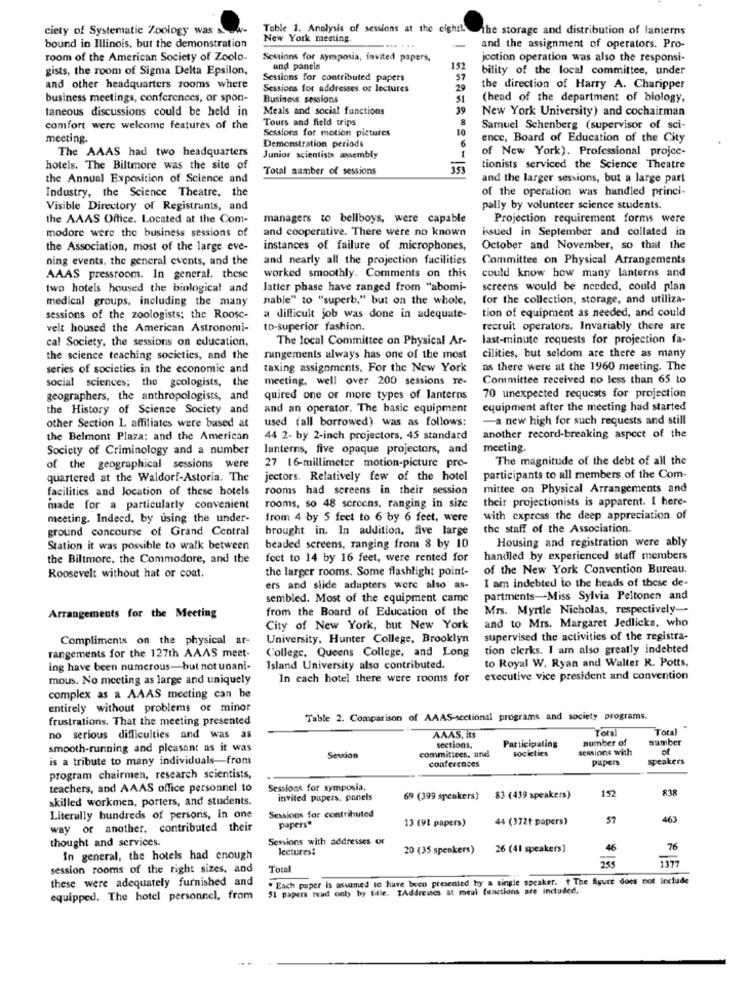
ciety of Systematic Zoology was s.
Table 1. Analysis of sessions at the eighth
the storage and distribution of lanterns
New York meeting.
bound in Illinois, but the demonstration
and the assignment of operators. Pro-
room of the American Society of Zoolo-
Sessions for symposia, invited papers,
jection operation was also the responsi-
gists, the room of Sigma Delta Epsilon,
and panels
152
bility of the local committee, under
Sessions for contributed papers
and other headquarters rooms where
Sessions for addresses of lectures
29
the direction of Harry A. Charipper
business meetings, conferences, or spon-
Business sessions
51
(head of the department of biology,
taneous discussions could be held in
Meals and social functions
39
New York University) and cochairman
Tours and field trips
8
comfort were welcome features of the
Sessions for motion pictures
10
Samuel Schenberg (supervisor of sci-
meeting.
Demonstration periods
6
ence, Board of Education of the City
The AAAS had two headquarters
of New York). Professional projec-
Junior scientists zsembly
hotels. The Biltmore was the site of
Total number of sessions
tionists serviced the Science Theatre
the Annual Exposition of Science and
and the larger sessions, but a large part
Industry, the Science Theatre, the
of the operation was handled princi-
Visible Directory of Registrants, and
pally by volunteer science students.
the AAAS Office. Located at the Com-
managers to bellboys, were capable
Projection requirement forms were
modore were the business sessions of
and cooperative. There were no known
issued in September and collated in
the Association, most of the large eve-
instances of failure of microphones,
October and November, so that the
ning events, the general events, and the
and nearly all the projection facilities
Committee on Physical Arrangements
AAAS pressroom. In general, these
worked smoothly. Comments on this
could know how many lanterns and
two hotels housed the biological and
Jatter phase have ranged from "abomi-
screens would be needed, could plan
medical groups, including the many
nable" to "superb," but on the whole,
for the collection, storage, and utiliza-
tion of equipment as needed, and could
sessions of the zoologists; the Roosc-
a difficult job was done in adequate-
velt housed the American Astronomi-
to-superior fashion.
recruit operators. Invariably there are
cal Society, the sessions on education,
The local Committee on Physical Ar-
last-minute requests for projection fa-
the science teaching socictics, and the
rangements always has one of the most
cilities, but seldom are there as many
series of societies in the economic and
taxing assignments. For the New York
as there were at the 1960 meeting. The
social sciences; the geologists, the
meeting, well over 200 sessions re-
Committee received no less than 65 to
geographers, the anthropologists, and
quired one or more types of lanterns
70 unexpected requests for projection
the History of Science Society and
and an operator. The basic equipment
equipment after the meeting had started
used (all borrowed) was as follows:
-a new high for such requests and still
other Section L affiliates were based at
the Belmont Plaza: and the American
44 2- by 2-inch projectors, 45 standard
another record-breaking aspect of the
Society of Criminology and a number
lanterns, five opaque projectors, and
meeting.
The magnitude of the debt of all the
of the geographical sessions were
27 16-millimeter motion-picture pro-
quartered at the Waldorf-Astoria. The
jectors. Relatively few of the hotel
participants to all members of the Com-
facilities and location of these hotels
rooms had screens in their session
mittee on Physical Arrangements and
their projectionists is apparent. I here-
made for a particularly convenient
rooms, so 48 screens, ranging in size
meeting. Indeed, by using the under-
from 4 by 5 feet to 6 by 6 feet, were
with express the deep appreciation of
ground concourse of Grand Central
brought in. In addition, five large
the staff of the Association.
Station it was possible to walk between
beaded screens, ranging from 8 by 10
Housing and registration were ably
the Biltmore, the Commodore, and the
feet to 14 by 16 feet, were rented for
handled by experienced staff members
the larger rooms. Some flashlight point-
of the New York Convention Bureau.
Roosevelt without hat or coat.
ers and slide adapters were also as-
I am indebted to the heads of these de-
sembled. Most of the equipment came
partments-Miss Sylvia Peltonen and
from the Board of Education of the
Mrs. Myrtle Nicholas, respectively --
Arrangements for the Meeting
City of New York, but New York
and to Mrs. Margaret Jedlicka, who
Compliments on the physical ar-
University. Hunter College, Brooklyn
supervised the activities of the registra-
College, Queens College, and Long
tion clerks. I am also greatly indebted
rangements for the 127th AAAS meet-
to Royal W. Ryan and Walter R. Potts,
ing have been numerous-but not unani-
Island University also contributed.
mous. No meeting as large and uniquely
In cach hotel there were rooms for
executive vice president and convention
complex as a AAAS meeting can he
entirely without problems or minor
frustrations. That the meeting presented
Table 2. Comparison of AAAS-sectional programs and society programs.
Total
Total
no serious difficulties and was as
AAAS, its
sections.
Participating
number of
number
smooth-running and pleasant as it was
committees, and
societies
sessione with
of
is a tribute to many individuals-from
Session
papen
speakers
conferences
program chairmen, research scientists,
teachers, and AAAS office personnel to
Sessions for symposia.
152
838
skilled workmen, porters, and students.
invited papers. panels
69 (399 speakers)
83 (439 speakers)
Literally hundreds of persons, in one
Sessions for contributed
papers"
13 (91 papers)
44 (372t papers)
57
463
way or another, contributed their
thought and services.
Sessions with addresses of
lectures:
20 (35 speakers)
26 (41 speakers)
46
76
In general, the hotels had enough
1377
session rooms of the right sizes, and
Total
these were adequately furnished and
. Each paper is assumed to have been presented by a single speaker. t The figure does not include
51 papers read only by title. Addreises at meal functions are included,
equipped. The hotel personnel, from